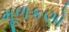
મૂળકણો